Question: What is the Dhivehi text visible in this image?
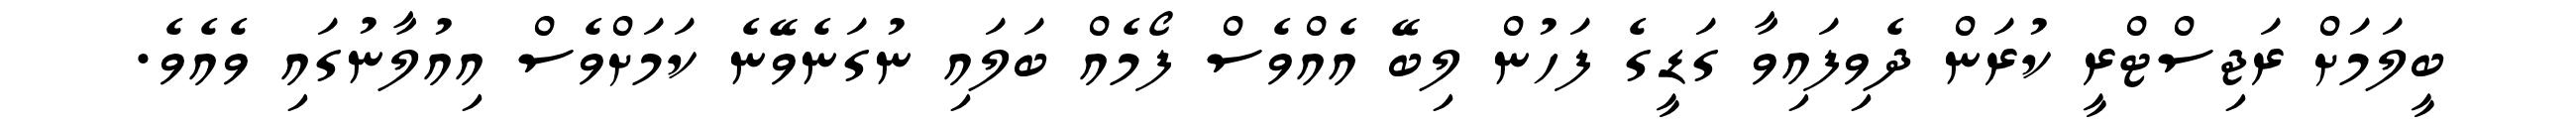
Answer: ބީލަމަށް ރަޖިސްޓްރީ ކުރަން ދެވިފައިވާ ގަޑީގެ ފަހުން ލިބޭ އެއްވެސް ފޯމެއް ބަލައި ނުގަނެވޭނެ ކަމަށްވެސް އިއުލާނުގައި ވެއެވެ.